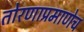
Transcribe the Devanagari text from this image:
तोरणाप्रमाणेच